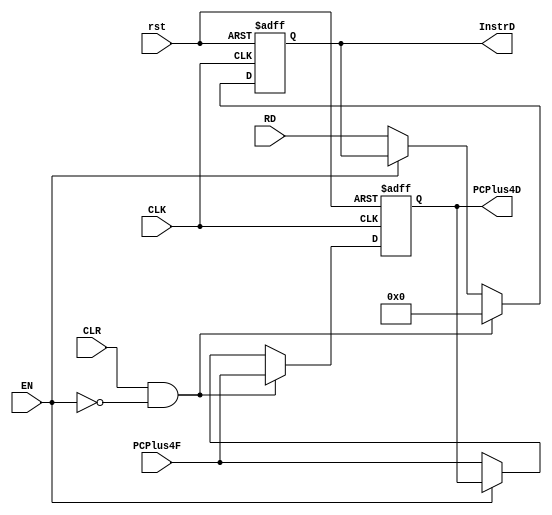
module REG_D(
input [31:0] RD,PCPlus4F,
input CLK,EN,CLR,rst,
output reg [31:0] InstrD,PCPlus4D );

always @(posedge CLK or negedge rst) begin
  if (!rst) begin
        InstrD <= 32'd0;
        PCPlus4D <= 32'd0;
    end
 else if (CLR&&!EN) begin
InstrD<=32'b0;
PCPlus4D<=PCPlus4F;
end 
else if (!EN) begin 
InstrD<=RD;
PCPlus4D<=PCPlus4F;
end
end
endmodule